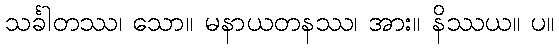
သင်္ခါတဿ၊ သော။ မနာယတနဿ၊ အား။ နိဿယ။ ပ။